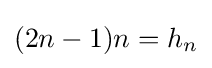
(2n-1)n=h_{n}